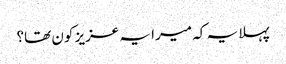
پہلا یہ کہ میرا یہ عزیز کون تھا؟